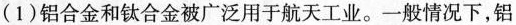
(1)铝合金和钛合金被广泛用于航天工业。一般情况下，铝